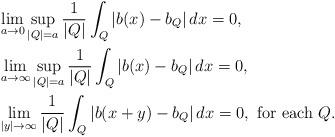
LaTeX: \begin{align*} & \displaystyle\lim_{a\to0}\sup_{|Q|=a}\frac{1}{|Q|}\int_Q|b(x)-b_Q|\,dx=0, \\ & \displaystyle\lim_{a\to\infty}\sup_{|Q|=a}\frac{1}{|Q|}\int_Q|b(x)-b_Q|\,dx=0, \quad\quad{}\\ & \displaystyle\lim_{|y|\to\infty}\frac{1}{|Q|}\int_Q|b(x+y)-b_Q|\,dx=0, \mbox{ for each } Q. \end{align*}